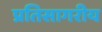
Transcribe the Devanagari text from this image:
प्रतिसागरीय